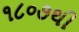
૧૮૦૭થી